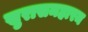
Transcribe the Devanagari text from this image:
सुरासमहारम